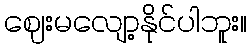
ဈေးမလျော့နိုင်ပါဘူး။